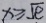
x \geq \sqrt { e }